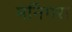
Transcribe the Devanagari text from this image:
मनिगरा